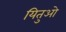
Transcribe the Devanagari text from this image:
यितुओ